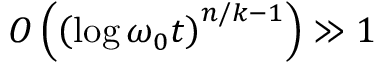
O \left( \left( \log \omega _ { 0 } t \right) ^ { n / k - 1 } \right) \gg 1